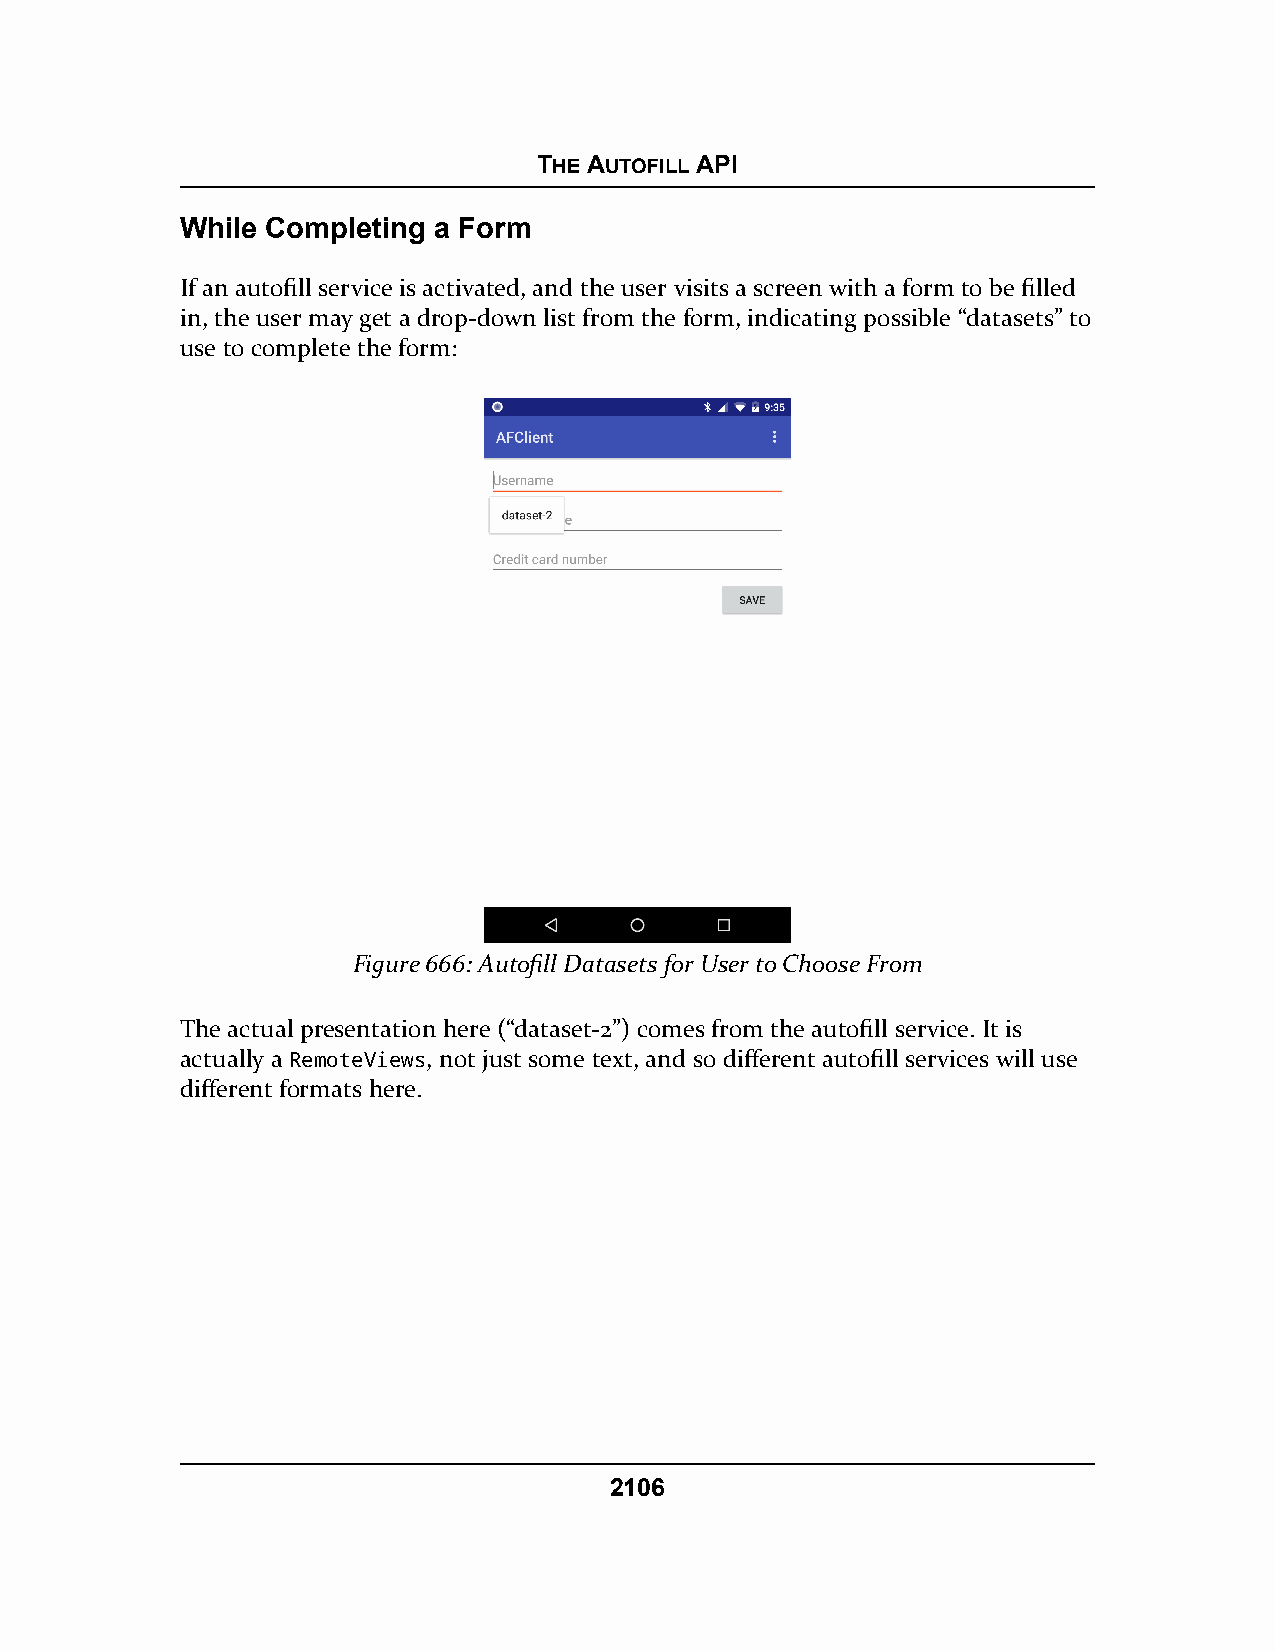
THE AUTOFILL API
 While Completing a Form
 If an autofill service is activated, and the user visits a screen with a form to be filled
 in, the user may get a drop-down list from the form, indicating possible “datasets” to
 use to complete the form:
 Figure 666: Autofill Datasets for User to Choose From
 The actual presentation here (“dataset-2”) comes from the autofill service. It is
 actually a RemoteViews, not just some text, and so different autofill services will use
 different formats here.
 2106